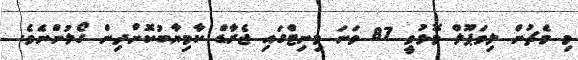
މި މެޗުން ލިވަޕޫލް މޮޅުވީ 87 ވަނަ މިނިޓްގައި ޖެރާޑް ކާމިޔާބުކޮށްދިން ގޯލުންނެވެ.